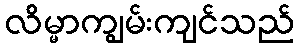
လိမ္မာကျွမ်းကျင်သည်